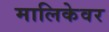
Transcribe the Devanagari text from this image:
मालिकेवर